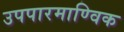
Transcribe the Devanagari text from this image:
उपपारमाण्विक